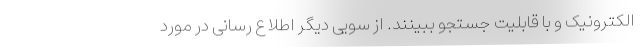
الکترونیک و با قابلیت جستجو ببینند. از سویی دیگر اطلاع رسانی در مورد